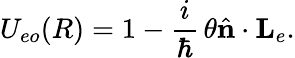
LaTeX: U_{eo}(R)=1-\frac{i}{\hbar}\, \theta{\hat{\mathbf{n}}}\cdot{\mathbf{L}}_{e}.